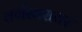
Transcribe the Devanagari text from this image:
वर्गस्तरावर